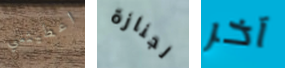
اعطيتني لجنازة آخر